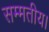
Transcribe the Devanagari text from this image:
सम्मतीय।